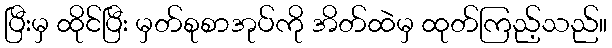
ပြီးမှ ထိုင်ပြီး မှတ်စုစာအုပ်ကို အိတ်ထဲမှ ထုတ်ကြည့်သည်။